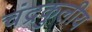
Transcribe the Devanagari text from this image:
चंद्रकुलीय